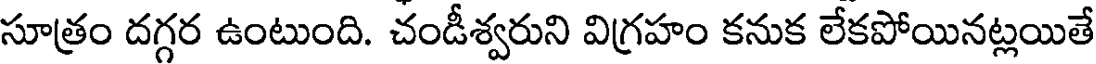
సూత్రం దగ్గర ఉంటుంది. చండీశ్వరుని విగ్రహం కనుక లేకపోయినట్లయితే